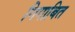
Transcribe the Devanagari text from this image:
गिगाबित